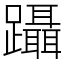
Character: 躡